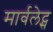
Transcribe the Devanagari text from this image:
मार्वलेट्स